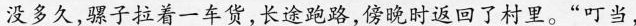
没多久，骡子拉着一车货，长途跑路，傍晚时返回了村里。”叮当，